Calcutta medical institutions reports 1871-78
Year: 1871
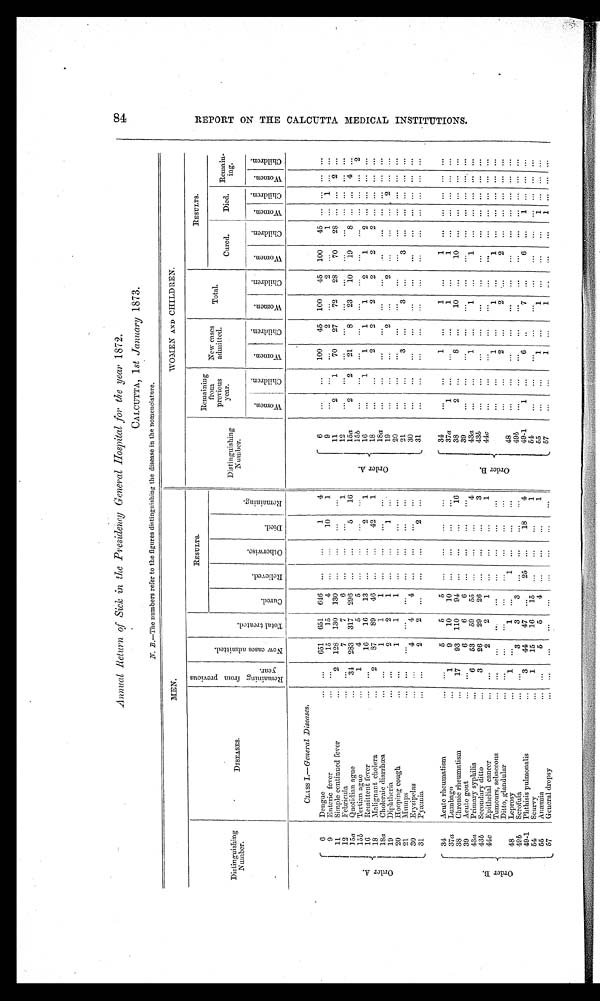
84
REPORT ON THE CALCUTTA MEDICAL INSTITUTIONS.
Annual Return of Sick in the Presidency General Hospital for the year 1872.
CALCUTTA, 1 st January 1873.
N . B . —
T h e
n u m b e r s r e f e r t o t h e f i g u r e s d i s t i n g u i s h i n g t h e d i s e a s e i n t h e n o m e n c l a t u r e .
MEN.
WOMEN AND CHILDREN.
Distinguishing
Number.
D I S E A S 0 E S .
R e m a i n i n g f r o m p r e v i o u s y e a r .
N o w c a s e s a d m i t t e d.
T o t a l t r e a t e d .
RESULTS.
Remaining
from
previous
year.
New cases
admitted.
Total.
RESULTS.
C u r e d .
R e l i e v e d .
O t h e r w i s e .
D i e d .
R e m a i n i n g .
D i s t i n g u i s h i n g
Number.
Cured.
Died.
R e m a i n i n g .
W o m e n .
C h i l d r e n .
Women.
C h i l d r e n .
W o m e n .
C h i l d r e n .
W o e m n .
C h i l d r e n .
W o e m n .
C h i l d r e n .
W o m e n
.
C h i l d r e n .
Or de r A.
CLASS I.—General Diseases.
6
Dengue
...
651 651 646
. . . ...
1
4
O r d e r A .
6
...
. . .
100
45 100
45 100
45 ... ... ...
. . .
9
Enteric fever
...
1 5 15
4
. . .
. . .
10
1
9
...
...
... 2
...
2
. . .
1 . . .
. . .
. . . . . .
11
Simple continued fever
2 128 130 130
. . . ...
...
...
1 1
2
1
70
27
72
28
70
2 8 . . .
. . .
2 . . .
12
Febricula
. . . 7
7
6
...
. . .
...
1
12
. . . ...
. . .
. . . ...
. . .
...
. . .
. . .
. . .
. . .
. . .
15a
Quotidian ague
34 283 317 296
. . .
. . .
5
16
15a
2
2
21
8
23
10
19
8
. . .
. . .
4 . . .
15b
Tertian ague
1
4
5
5
. . .
. . .
. . .
. . .
1 5
b
. . .
. . .
. . .
. . .
. . .
. . .
...
... . .. . . .
2 2
1 6
Remittent fever
...
1 6
16
13 ...
...
2
1
16
. . .
1
1
1
1
2
1
2
. . .
. . .
. . . . . .
18
Malignant cholera
2
87
89
46
. . .
. . .
42
1
18
. . .
. . .
2
2
2
2
2
2
. . .
. . .
. . . . . .
18a
Choleraic diarrhœa
. . .
1
1
1 . . .
...
. . .
...
18 a ...
. . .
. . .
. . .
. . .
. . .
...
... ... ... ... ...
19
Diphtheria
...
2
2
1
. . .
. . .
1
. . .
19
...
...
. . .
2
...
2
. . .
. . .
. . . 2
. . . . . .
20
Hopping cough
...
1
1
1 ...
...
...
...
20
21
...
...
. . .
. . . ... 3
. . .
. . .
... ... ...
. . . ...
I 21
Mumps
. . .
. . . ...
. . .
... ...
...
...
21
...
. . .
3 ...
3
. . .
3
. . .
. . . . . .
. . .
. . .
30
Erysipelas
. . .
4
4
4
. . . ...
... ...
3 0
...
...
. . .
. . .
. .
. . .
. . .
. . .
. . .
. . .
. . .
. . .
31
Pyæmia
...
2
2 ...
...
...
...
2
31
...
. . .
. . .
. . .
. . .
. . .
. . .
. . .
. . .
. . .
. . .
. . .
O r d e r B .
3 4
Acute rheumatism
. . .
5
5
5 ...
...
...
...
O r d e r B .
34
. . .
. . .
1
. . .
1 ...
1
. . .
. . .
. . .
. . . . . .
37a Lumbago
1
9
10
10 ...
. . . ...
. . .
37a
1
. . . ...
...
1 ...
1
. . .
. . . . . .
. . .
. . .
38
Chronic rheumatism
17
93 110
94
. . . ...
...
16
38
2
. . .
8 ...
10
. . .
10 ... ... ... ... ...
39
Acute gout
. . .
6
6
6 ...
...
...
. . .
39
...
...
. . . ...
. . . ...
. . .
. . .
. . . . . .
. . .
. . .
43a Primary syphilis
6
5 3 59
55 ...
...
...
4
43a
... ...
1 ...
1
. . .
1
. . .
. . . . . .
. . .
. . .
43b
Secondary ditto
3
26
29
26
. . .
. . .
. . .
3
43 b
...
...
. . .
. . .
. . .
. . .
. . .
. . .
. . .
. . .
. . .
. . .
44c
Epithelial cancer
...
2
2
1 ... ...
...
1
44c
. . .
. . . ...
...
. . .
. . .
. . .
. . .
. . .
. . .
. . .
. . .
Tumours, sebaceous
. . .
. . .
. . . . . .
. . .
. . .
. . . ...
. . .
. . .
1
. . .
1
. . .
1
. . .
. . . . . .
. . .
. . .
Ditto, glandular
. . .
...
. . .
. . .
. . .
. . .
...
. . .
...
...
2 ...
2
. . .
2
. . .
. . .
. . .
. . .
. . .
48
Leprosy
1
. . .
1
. . .
1
. . . . . .
. . .
4 8
...
...
. . . ...
. . . ...
. . . . . .
. . .
. . .
. . .
. . .
49b
Scrofula
. . .
3
3
3
...
. . . ...
...
49 b
. . . ...
. . . ...
. . . ...
. . .
... ... ... ... ...
49-1 Phthisis pulmonalis
3
44
47 ...
25 ...
18
4
49-1
1
. . .
6 ...
7
. . .
6 ...
1 . . . . . . . . .
54
Scurvy
1
15
16
15 ...
...
...
. . .
54
. . . ...
. . . ...
. . . . . .
...
... ... ... ... ...
55
Anæmia
...
5
5
4 ...
...
...
1
55
. . .
. . . 1
...
1
. . . . . .
. . .
1
. . .
. . .
. . .
57
General dropsy
...
. . .
. . .
. . .
. . .
. . .
...
...
57
...
. . .
1
...
1
. . .
. . .
...
1
. . . . . .
. . .